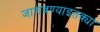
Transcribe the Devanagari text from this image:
जाणवण्याइतक्या